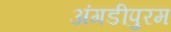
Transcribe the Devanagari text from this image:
अंगडीपुरम